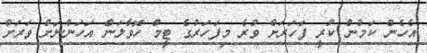
އެހެން ކަމުން ކުރީ ފަހަރަށް ވުރެ މިފަހަރުގެ ޓީމް ހޮވާލަން އަހަންނަށް ވަރަށް